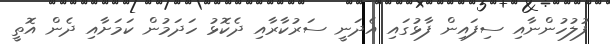
ފުލުހުންނާއި ސިފައިން ފާޅުގައި އެދަނީ ސަރުކާރާއި ދެކޮޅު ހަދަމުން ކަމަށާއި ދެން އޮތީ